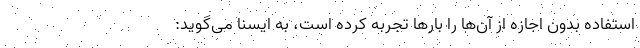
استفاده بدون اجازه از آن‌ها را بارها تجربه کرده است، به ایسنا می‌گوید: